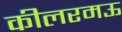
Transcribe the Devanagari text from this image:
कीलरमऊ